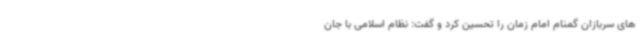
های سربازان گمنام امام زمان را تحسین کرد و گفت: نظام اسلامی با جان